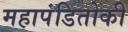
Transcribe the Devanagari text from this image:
महापंडितोकी